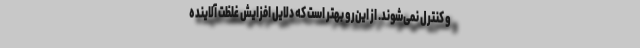
و کنترل نمی‌شوند. از این‌رو بهتر است که دلایل افزایش غلظت آلاینده